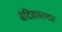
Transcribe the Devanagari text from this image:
बंदिवासाच्या